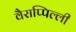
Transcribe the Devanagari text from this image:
वैराप्पिल्ली